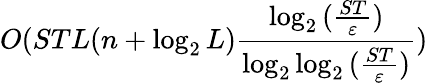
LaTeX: O(STL(n+\log_{2}L)\frac{\log_{2}{(\frac{ST}{\varepsilon})}}{\log_{2}\log_{2}{(\frac{ST}{\varepsilon})}})